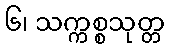
၆၊ သက္ကစ္စသုတ္တ